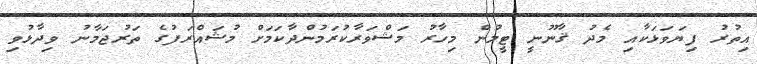
އިތުރު ފިޔަވަޅަކާއި މެދު ޤާނޫނީ ޓީމުން މިހާރު މަޝްވަރާކުރަމުންދާކަމަށް މުޝައްރަފުގެ ތަރުޖަމާނު ވިދާޅުވި